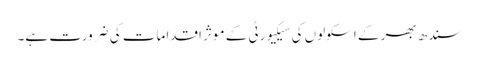
سندھ بھر کے اسکولوں کی سیکیورٹی کے موثر اقدامات کی ضرورت ہے۔